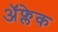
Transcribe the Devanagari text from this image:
अॅफ्लेक